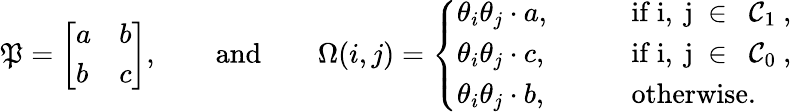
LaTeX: \mathfrak{P}=\left[\begin{array}{ll}{a}&{b}\\ {b}&{c}\end{array}\right],\qquad\mathrm{{and}}\qquad\Omega(i,j)=\left\{ \begin{array}{ll}{\theta_{i}\theta_{j}\cdot a,}&{\qquad\mathrm{if~i,~j~\in~{\cal~C}_1~},}\\ {\theta_{i}\theta_{j}\cdot c,}&{\qquad\mathrm{if~i,~j~\in~{\cal~C}_0~},}\\ {\theta_{i}\theta_{j}\cdot b,}&{\qquad\mathrm{otherwise}.}\end{array}\right.